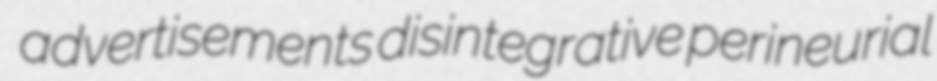
advertisements disintegrative perineurial